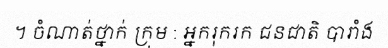
។ ចំណាត់ថ្នាក់ ក្រុម : អ្នករុករក ជនជាតិ បារាំង